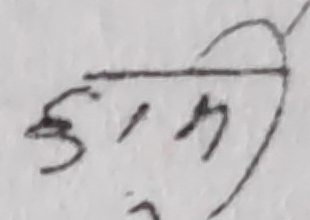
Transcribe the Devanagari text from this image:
सुरु